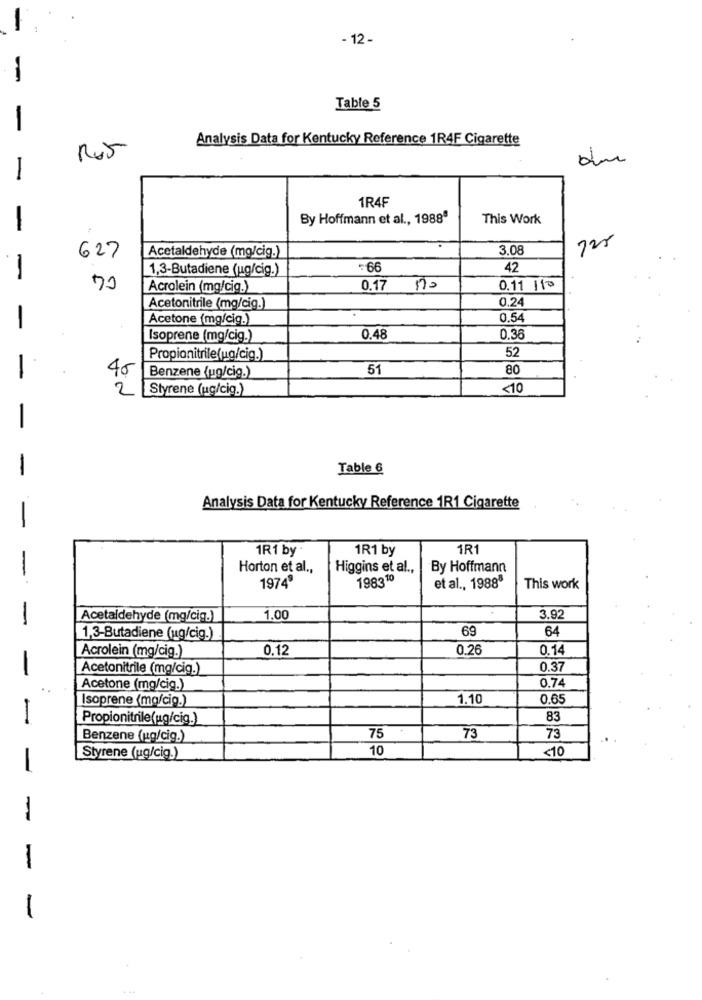
- 12 -
Table 5
Analysis Data for Kentucky Reference 1R4F Cigarette
-
1R4F
By Hoffmann et al ., 1988ª
This Work
-
725
Acetaldehyde (mg/cig.)
3.08
627
1,3-Butadiene (ug/cig.)
=66
42
70
Acrolein (mg/cig.)
0.17 1.
0.11 11º
0.24
Acetonitrile (mg/cig.)
Acetone (mg/cig.)
0.54
-
Isoprene (mg/cig.)
0.48
0.36
52
Propionitrile(ug/cig.)
40
51
80
-
Benzene (ug/cig.)
2 Styrene (ug/cig.)
<10
-
Table 6
Analysis Data for Kentucky Reference 1R1 Cigarette
1R1 by
1R1 by
1R1
Horton et al .,
Higgins et al .,
By Hoffmann
198310
1974
et al ., 19888
This work
Acetaldehyde (mg/cig.)
1.00
3.92
69
64
1,3-Butadiene (ug/cig.)
Acrolein (mg/cig.)
0.12
0.26
0.14
-
Acetonitrile (mg/cig.)
0.37
0.74
Acetone (mg/cig.)
Isoprene (mg/cig.)
1.10
0.65
-
Propionitrile(ug/cig.)
83
75
Benzene (ug/cig.)
73
73
10
<10
Styrene (ug/cig.)
-
-